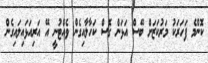
ކޮންމެ ފަހަރަކު މަރުކަޒަށް ބޭސް އަޅަން ގޮސް ކަހާލާއިގެން ވެއްޓުނީ އޭ އަރިއަޅައިލައިގެން